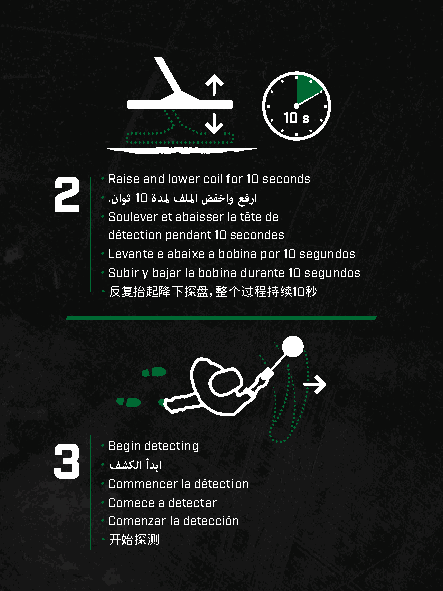
10 s
 2   • Raise and lower coil for 10 seconds
 • .ناوث 10 ةدلم فللما ضفخاو عفرا
 • Soulever et abaisser la tête de
 détection pendant 10 secondes
 • Levante e abaixe a bobina por 10 segundos
 • Subir y bajar la bobina durante 10 segundos
 10
 • 反复抬起降下探盘，整个过程持续 秒
 3   • Begin detecting
 • فشكلا أدبا
 • Commencer la détection
 • Comece a detectar
 • Comenzar la detección
 • 开始探测